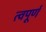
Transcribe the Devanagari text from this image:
त्वपूर्ण